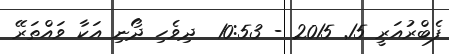
ފެބްރުއަރީ 15